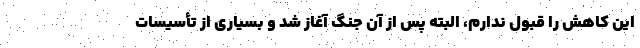
این کاهش را قبول ندارم، البته پس از آن جنگ آغاز شد و بسیاری از تأسیسات